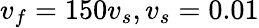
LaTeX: v_{f}=150v_{s},v_{s}=0.01